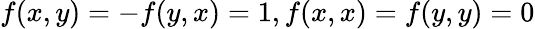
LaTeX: f(x,y)=-f(y,x)=1,f(x,x)=f(y,y)=0